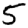
Digit: 5